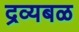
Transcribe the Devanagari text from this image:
द्रव्यबळ